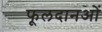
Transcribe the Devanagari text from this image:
फूलदानओं